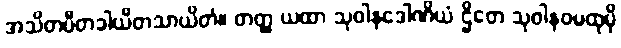
အသိတပီတခါယိတသာယိတံ။ တတ္ထ ယထာ သုဝါနဒေါဏိယံ ဌိတေ သုဝါနဝမထုမှိ